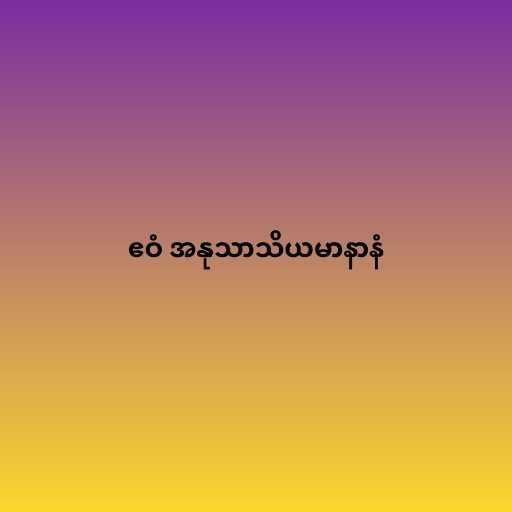
ဧဝံ အနုသာသိယမာနာနံ